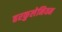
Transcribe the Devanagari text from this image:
हरकुलेनियम